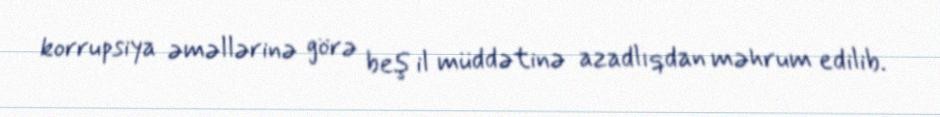
korrupsiya əməllərinə görə beş il müddətinə azadlıqdan məhrum edilib.